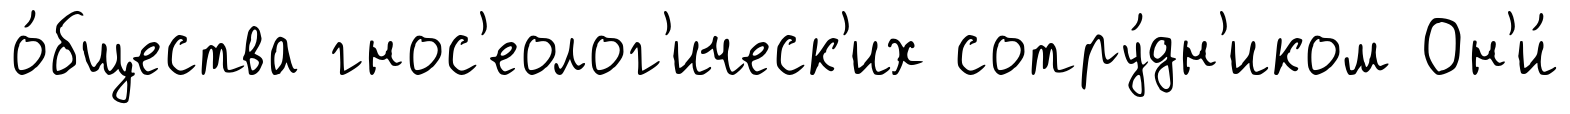
о́бщества гнос'еолог'ическ'их сотру́дн'иком Он'и́